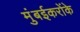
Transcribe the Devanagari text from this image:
मुंबईकरोंके